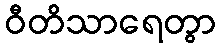
ဝီတိသာရေတွာ